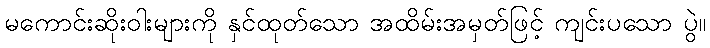
မကောင်းဆိုးဝါးများကို နှင်ထုတ်သော အထိမ်းအမှတ်ဖြင့် ကျင်းပသော ပွဲ။